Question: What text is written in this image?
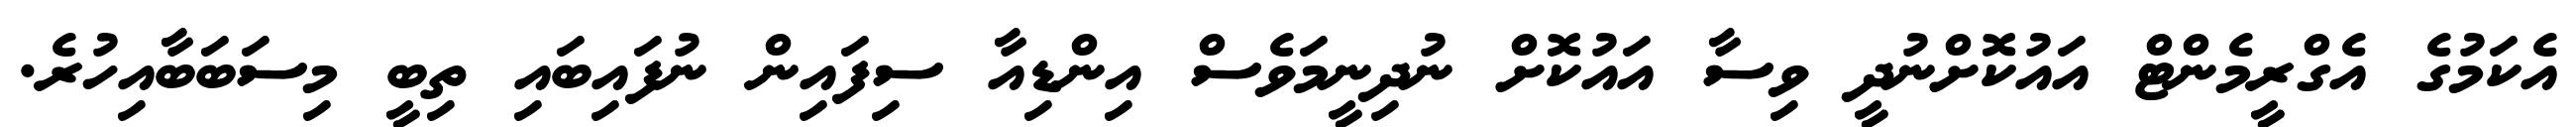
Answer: އެކަމުގެ އެގްރީމެންޓް އައުކޮށްނުދީ ވިސާ އައުކޮށް ނުދިނީމަވެސް އިންޑިއާ ސިފައިން ނުފައިބައި ތިބީ މިސަބަބާއިހުރެ.